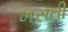
ખસતી